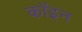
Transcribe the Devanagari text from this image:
कॉइन